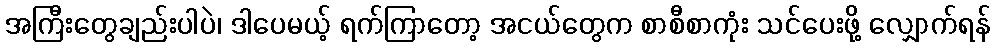
အကြီးတွေချည်းပါပဲ၊ ဒါပေမယ့် ရက်ကြာတော့ အငယ်တွေက စာစီစာကုံး သင်ပေးဖို့ လျှောက်ရန်